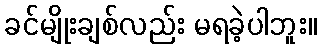
ခင်မျိုးချစ်လည်း မရခဲ့ပါဘူး။